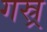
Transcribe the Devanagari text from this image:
गस्र्र